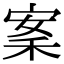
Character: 䅁